Report on the working of the mental hospitals for Indians in Bihar and Orissa - 1925-1929
Year: 1925
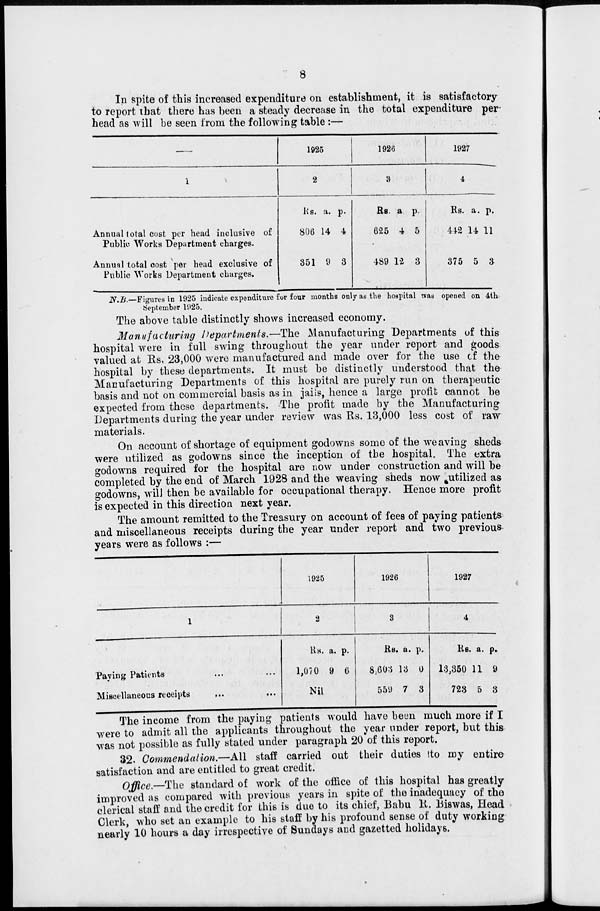
8
In spite of this increased expenditure on establishment, it is satisfactory
to report that there has been a steady decrease in the total expenditure per
head as will be seen from the following table :—
—
1
Annual total cost per head inclusive of
Public Works Department charges.
Annual total cost per head exclusive of
Public Works Department charges.
1925
2
Rs.
806
351
a.
14
9
p.
4
3
1926
3
Rs.
625
489
a
4
12
p.
5
3
1927
4
Rs.
442
375
a.
14
5
p.
11
3
N.B.—Figures in 1925 indicate expenditure for four months only as the hospital was opened on 4th
September 1925.
The above table distinctly shows increased economy.
Manufacturing Departments.—The Manufacturing Departments of this
hospital were in full swing throughout the year under report and goods
valued at Rs. 23,000 were manufactured and made over for the use of the
hospital by these departments. It must be distinctly understood that the
Manufacturing Departments of this hospital are purely run on therapeutic
basis and not on commercial basis as in jails, hence a large profit cannot be
expected from these departments. The profit made by the Manufacturing
Departments during the year under review was Rs. 13,000 less cost of raw
materials.
On account of shortage of equipment godowns some of the weaving sheds
were utilized as godowns since the inception of the hospital. The extra
godowns required for the hospital are now under construction and will be
completed by the end of March 1928 and the weaving sheds now utilized as
godowns, will then be available for occupational therapy. Hence more profit
is expected in this direction next year.
The amount remitted to the Treasury on account of fees of paying patients
and miscellaneous receipts during the year under report and two previous
years were as follows :—
1
Paying Patients ... ...
Miscellaneous receipts ... ...
1925
2
Rs.
1,070
a.
9
p.
6
Nil
1926
3
Rs.
8,603
559
a.
13
7
p.
0
3
1927
4
Rs.
13,350
723
a.
11
5
p.
9
3
The income from the paying patients would have been much more if I
were to admit all the applicants throughout the year under report, but this
was not possible as fully stated under paragraph 20 of this report.
32. Commendation.—All staff carried out their duties to my entire
satisfaction and are entitled to great credit.
Office.—The standard of work of the office of this hospital has greatly
improved as compared with previous years in spite of the inadequacy of the
clerical staff and the credit for this is due to its chief, Babu R. Biswas, Head
Clerk, who set an example to his staff by his profound sense of duty working
nearly 10 hours a day irrespective of Sundays and gazetted holidays.